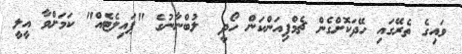
ވައިގެ ތެރޭގައި ހޭދަކޮށްގެން ޗެމްޕިއަންކަން ހޯދީ  ލުބްނާނުގެ "ޕައިލެޓެއް" ކަމަށްވާ އީލީ